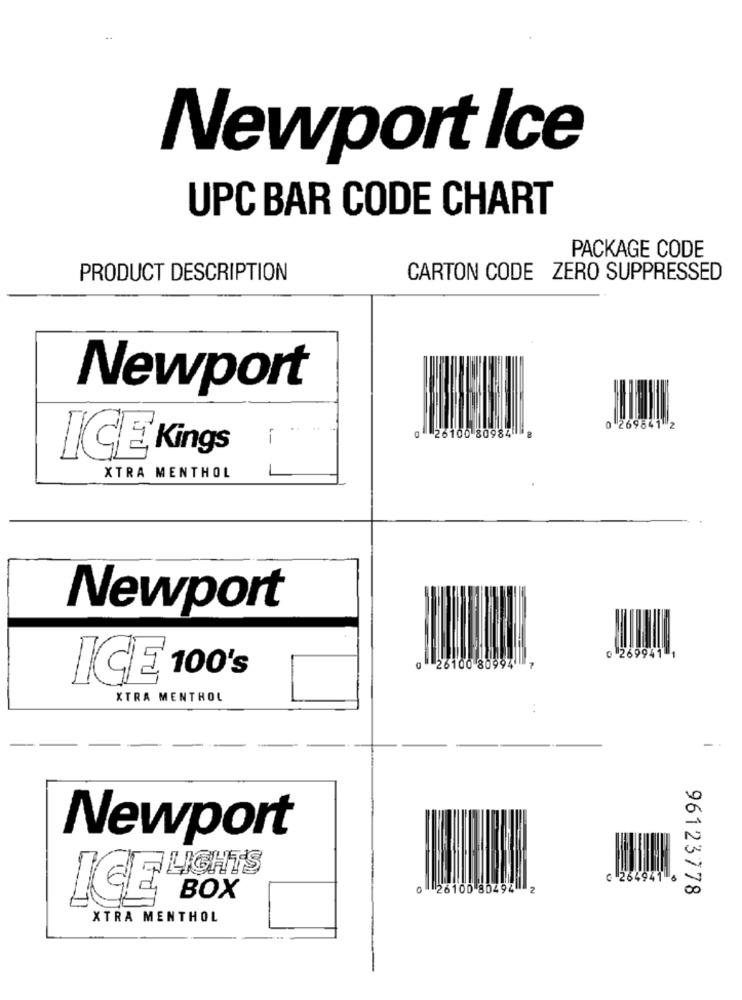
Newport Ice
UPC BAR CODE CHART
PACKAGE CODE
PRODUCT DESCRIPTION
CARTON CODE ZERO SUPPRESSED
Newport
269841 2
0 26100 80984 8
ICE Kings
XTRA MENTHOL
Newport
0 269941 1
0 26100 80994
ICE 100's
XTRA MENTHOL
-
Newport
N
LIGHTS
G 264941 6
0 26100 80494 2
00
96123778
BOX
ICE
XTRA MENTHOL